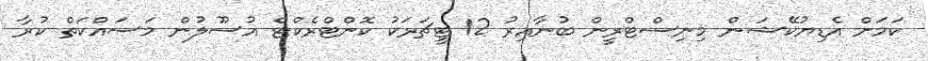
ކަމަށް އެޑިޔުކޭޝަން މިނިސްޓްރީން ބުނާއިރު 12 ޓީޗަރަކު ކޮންޓްރެކްޓް އުސޫލުން މަސައްކަތް ކުރާ